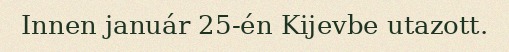
Innen január 25-én Kijevbe utazott.